Report on the working of the mental hospitals for Indians in Bihar and Orissa - 1925-1929
Year: 1925
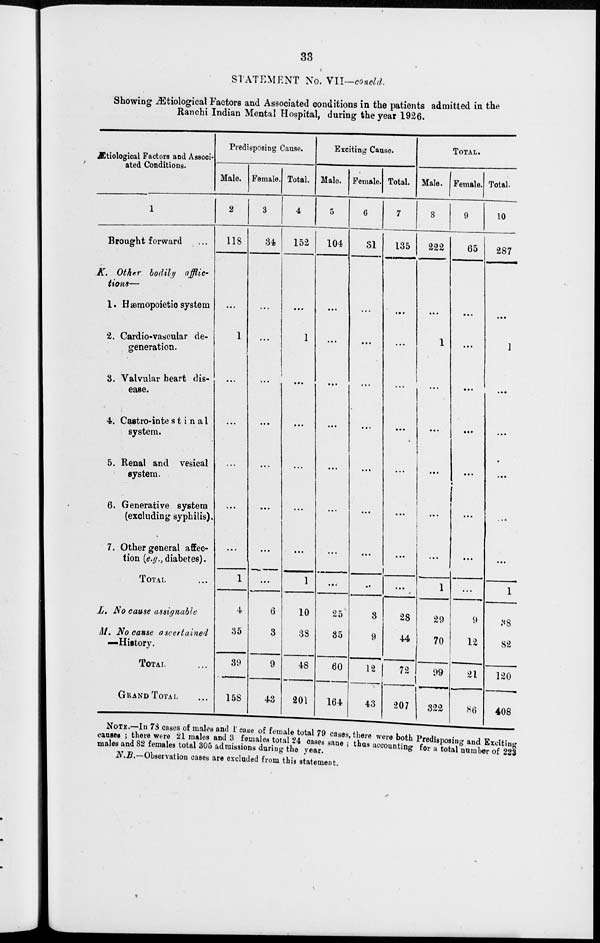
33
STATEMENT No. VII—concld.
Showing Ætiological Factors and Associated conditions in the patients admitted in the
Ranchi Indian Mental Hospital, during the year 1926.
Ætiological Factors and Associ-
ated Conditions.
1
Brought forward ...
K. Other bodily afflic-
tions—
1. Hæmopoietic system
2. Cardio-vascular de-
generation.
3. Valvular heart dis-
ease.
4. Castro-intestinal
system.
5. Renal and vesical
system.
6. Generative system
(excluding syphilis)
7. Other general affec-
tion (e.g., diabetes).
TOTAL ...
L. No cause assignable
M. No cause ascertained
—History.
TOTAL ...
GRAND TOTAL ...
Predisposing Cause.
Male.
2
118
...
1
...
...
...
...
...
1
4
35
39
158
Female.
3
34
...
...
...
...
...
...
...
...
6
3
9
43
Total.
4
152
...
1
...
...
...
...
...
1
10
38
48
201
Exciting Cause.
Male.
5
104
...
...
...
...
...
...
...
25
35
60
164
Female.
6
31
...
...
...
...
...
...
...
...
3
9
12
43
Total.
7
135
...
...
...
...
...
...
...
...
28
44
72
207
TOTAL.
Male.
8
222
...
1
...
...
...
...
...
1
29
70
99
322
Female.
9
65
...
...
...
...
...
...
...
...
9
12
21
86
Total.
10
287
...
1
...
...
...
...
...
1
38
82
120
408
NOTE.—In 78 cases of males and 1 case of female total 79 cases there were both Predisposing
and Exciting
causes ; there were 21 males and 3 females total 24 cases sane ; t hus accounting for a total number of 223
males and 82 females total 305 admissions during the
year.
N.B.—Observation cases are excluded from this statement.